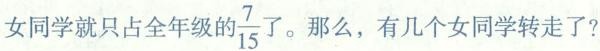
女同学就只占全年级的\frac{7}{15}了。那么，有几个女同学转走了?